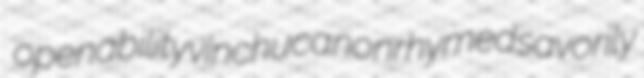
openability vinchuca nonrhymed savorily